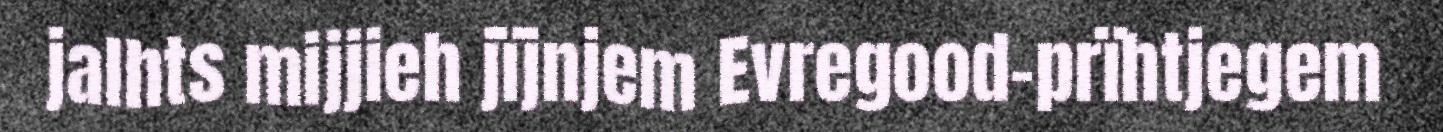
jalhts mijjieh jïjnjem Evregood-prïhtjegem